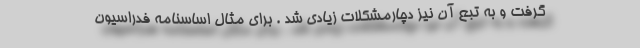
گرفت و به تبع آن نیز دچارمشکلات زیادی شد . برای مثال اساسنامه فدراسیون